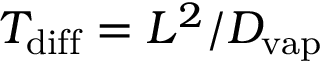
T _ { \mathrm { d i f f } } = L ^ { 2 } / D _ { \mathrm { v a p } }